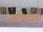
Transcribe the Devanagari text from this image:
आणतात।